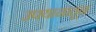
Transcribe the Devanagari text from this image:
उपयानातून